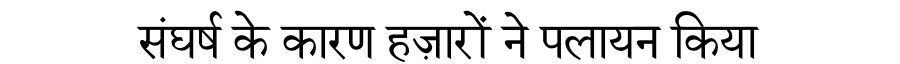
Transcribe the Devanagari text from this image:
संघर्ष के कारण हज़ारों ने पलायन किया